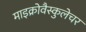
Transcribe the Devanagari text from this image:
माइक्रोवैस्कुलेचर